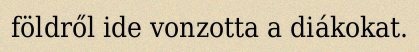
földről ide vonzotta a diákokat.